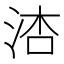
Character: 𪵾